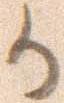
か